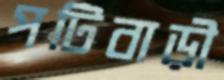
পটিবাড়ী